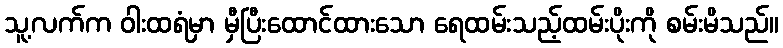
သူ့လက်က ဝါးထရံမှာ မှီပြီးထောင်ထားသော ရေထမ်းသည့်ထမ်းပိုးကို စမ်းမိသည်။